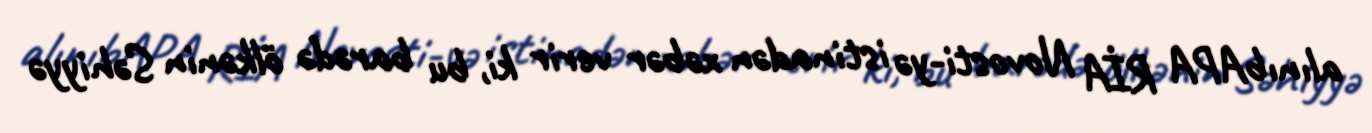
alınıbAPA RİA Novosti-yə istinadən xəbər verir ki, bu barədə ölkənin Səhiyyə